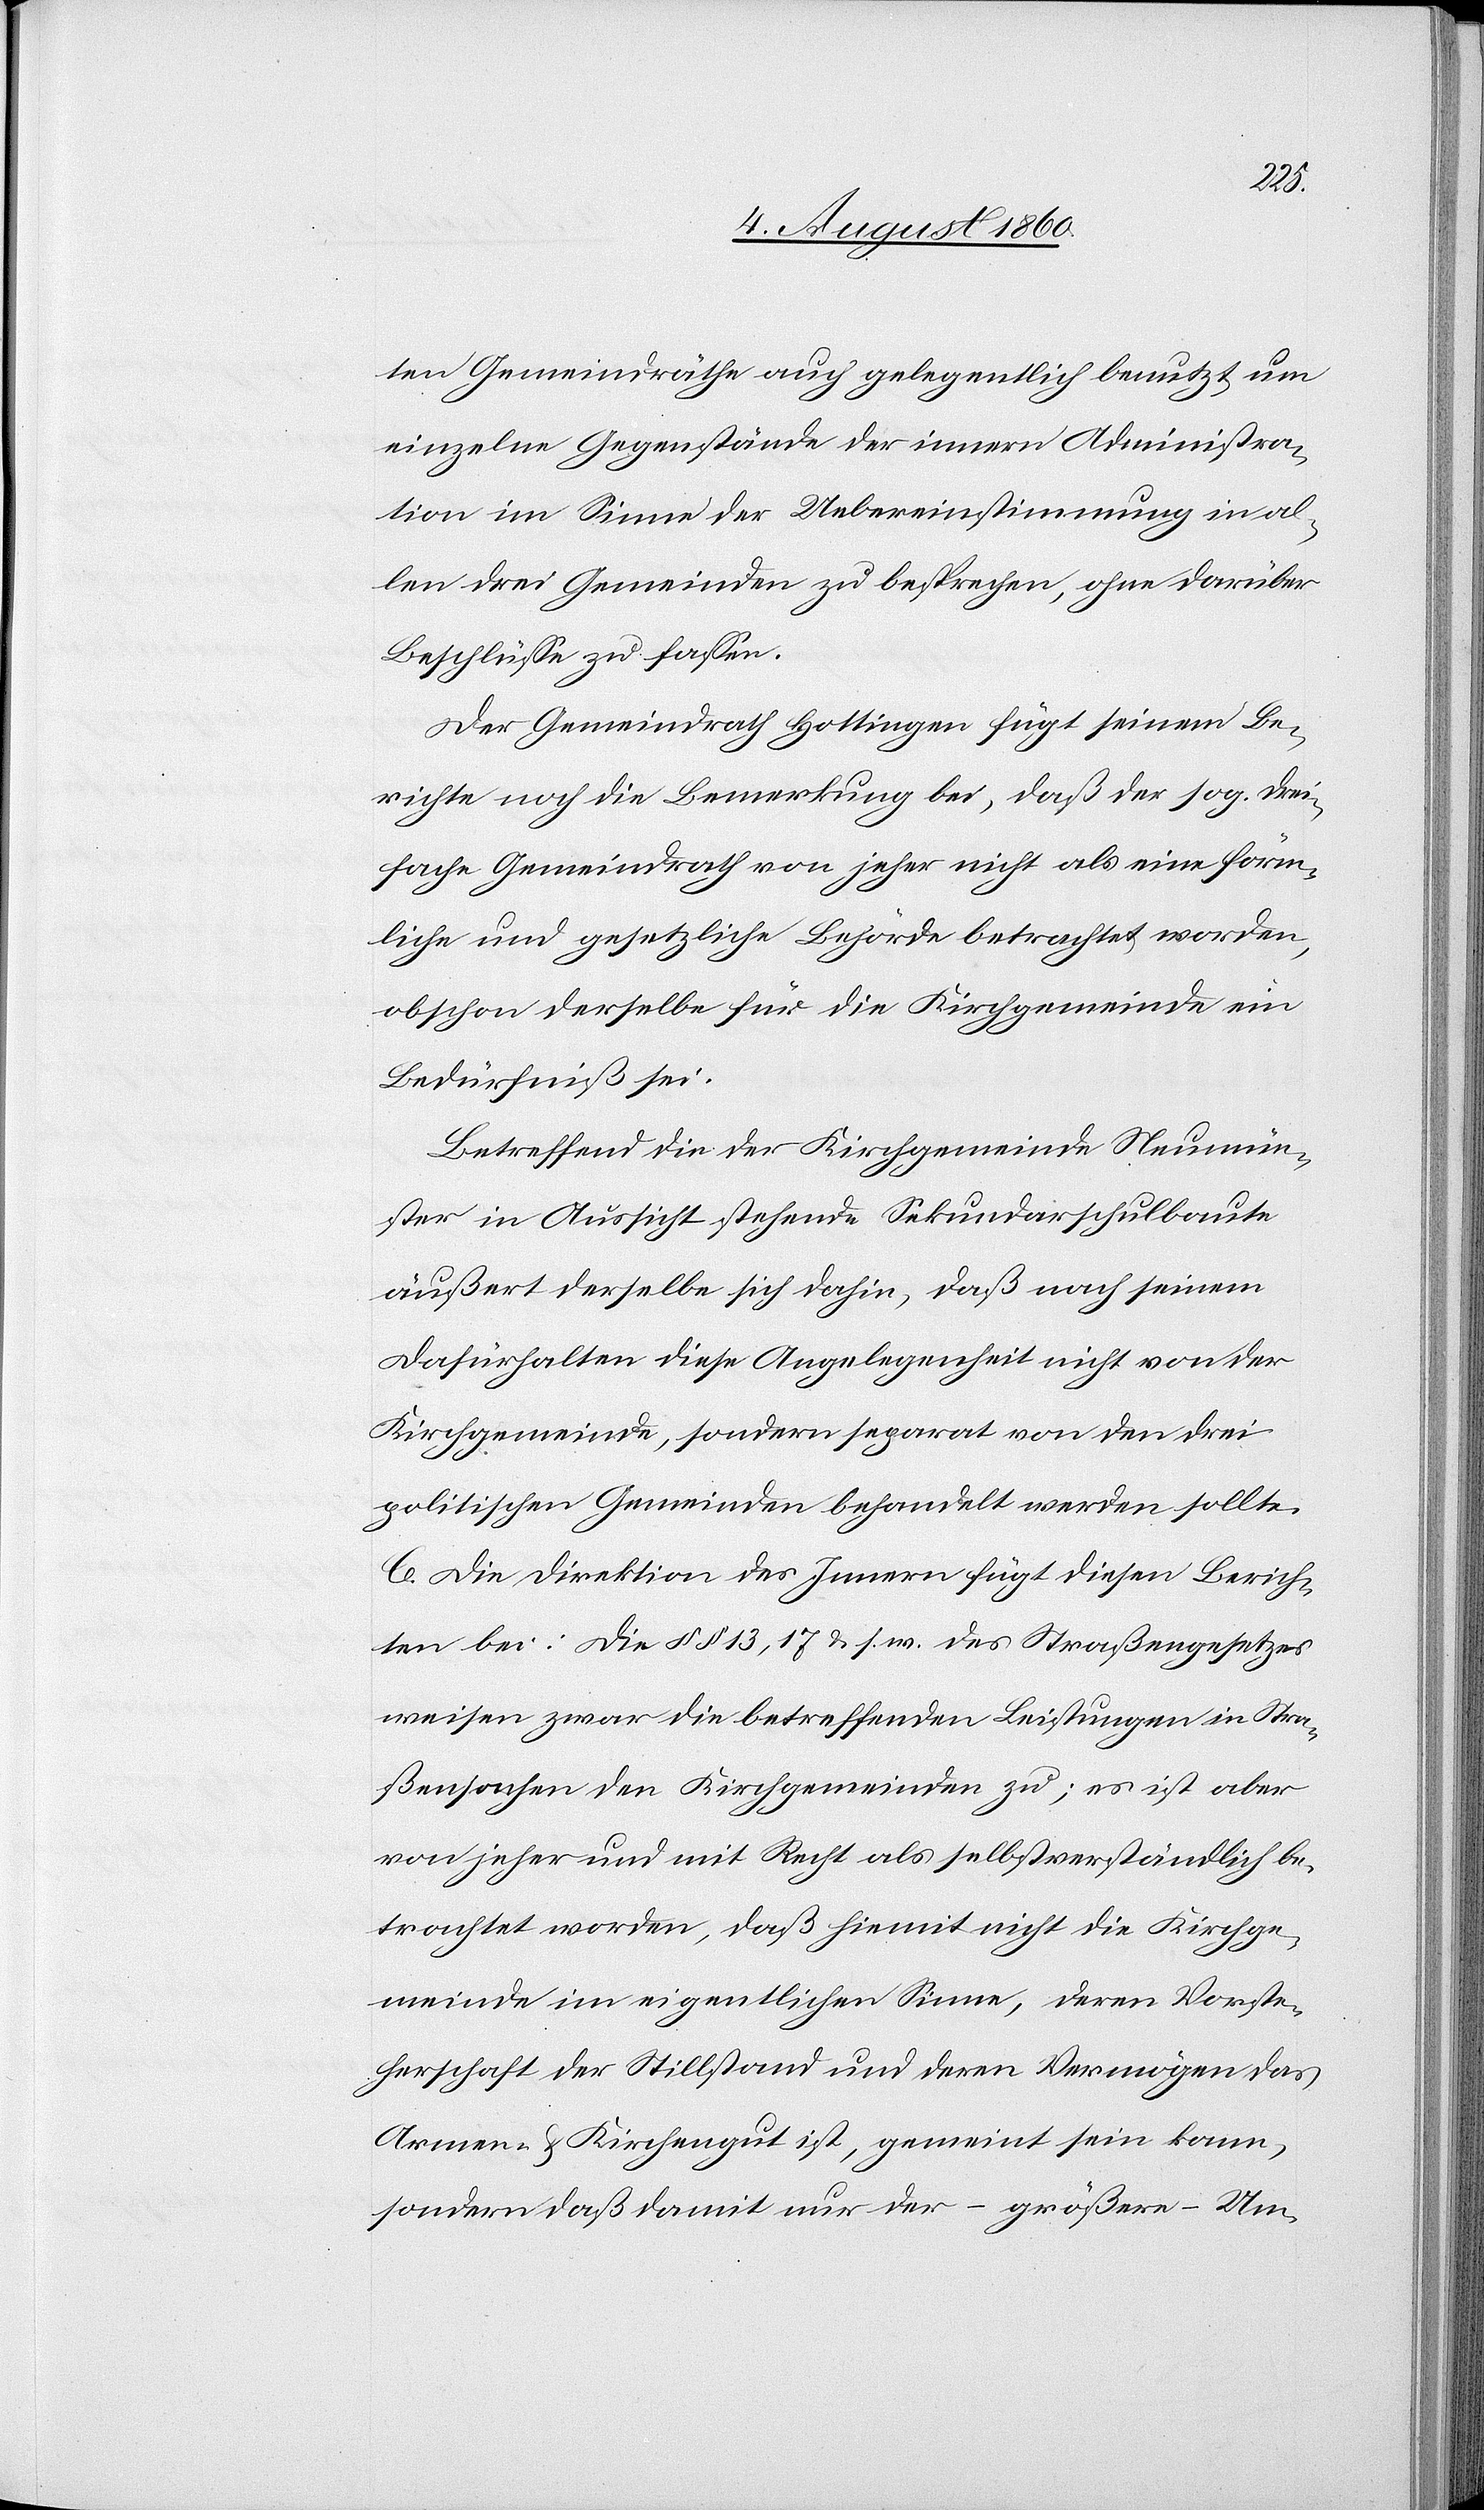
ten Gemeindräthe auch gelegentlich benutzt, um
einzelne Gegenstände der innern Administra¬
tion im Sinne der Uebereinstimmung in al¬
len drei Gemeinden zu besprechen, ohne darüber
Beschlüsse zu fassen.
Der Gemeindrath Hottingen fügt seinem Be¬
richte noch die Bemerkung bei, dass der s. g. drei¬
fache Gemeindrath von jeher nicht als eine förm¬
liche und gesetzliche Behörde betrachtet worden,
obschon derselbe für die Kirchgemeinde ein
Bedürfniss sei.
Betreffend die der Kirchgemeinde Neumün¬
ster in Aussicht stehende Sekundarschulbaute
äussert derselbe sich dahin, dass nach seinem
Dafürhalten diese Angelegenheit nicht von der
Kirchgemeinde, sondern separat von den drei
politischen Gemeinden behandelt werden sollte.
C. Die Direktion des Innern fügt diesen Berich¬
ten bei: Die §§. 13, 17 u. s. w. des Strassengesetzes
weisen zwar die betreffenden Leistungen in Stra¬
ssensachen den Kirchgemeinden zu; es ist aber
von jeher und mit Recht als selbstverständlich be¬
trachtet worden, dass hiermit nicht die Kirchge¬
meinde im eigentlichen Sinne, deren Vorste¬
herschaft der Stillstand und deren Vermögen das
Armen- u. Kirchengut ist, gemeint sein kann,
sondern dass damit nur der – grössere – Um-